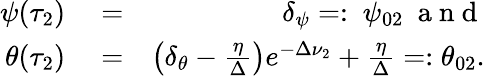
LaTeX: \begin{array}{rlr}{\psi(\tau_{2})}&{{}=}&{\delta_{\psi}=:\ \psi_{02}\mathrm{~\normalsize~a~n~d~}}\\ {\theta(\tau_{2})}&{{}=}&{\left(\delta_{\theta}-\frac{\eta}{\Delta}\right)e^{-\Delta\nu_{2}}+\frac{\eta}{\Delta}=:\theta_{02}.}\end{array}